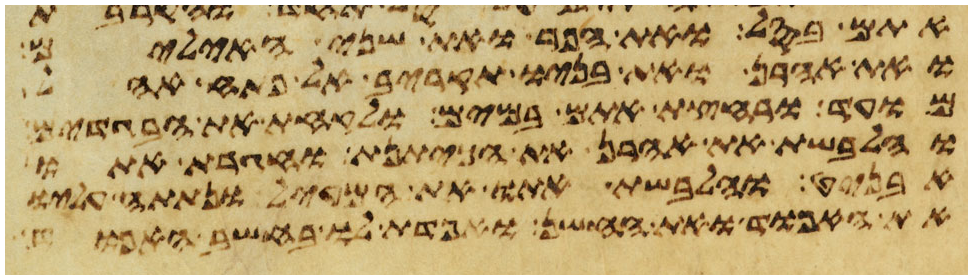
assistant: אתם בסל ואת הפר ואת שני האילים
ואת אהרן ואת בניו תקריב אל פתח אהל
מועד ורחצת אתם במים ולקחת את הבגדים
והלבשת את אהרן את הכיתנת וחגרת אתו
אבניט והלבשת אתו את המעיל ונתתה עליו
את האפוד ואת החשן ואפדת לו בחשב האפוד